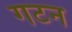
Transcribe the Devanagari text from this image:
गटन